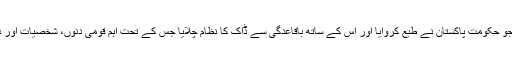
پاکستان کا پہلا ڈاک ٹکٹ جولائی 1948 میں جاری کیا گیا جو حکومتِ پاکستان نے طبع کروایا اور اس کے ساتھ باقاعدگی سے ڈاک کا نظام چلایا جس کے تحت اہم قومی دنوں، شخصیات اور دوسرے یادگاری مواقع پر ڈاک ٹکٹ جاری کیے جانے لگے۔